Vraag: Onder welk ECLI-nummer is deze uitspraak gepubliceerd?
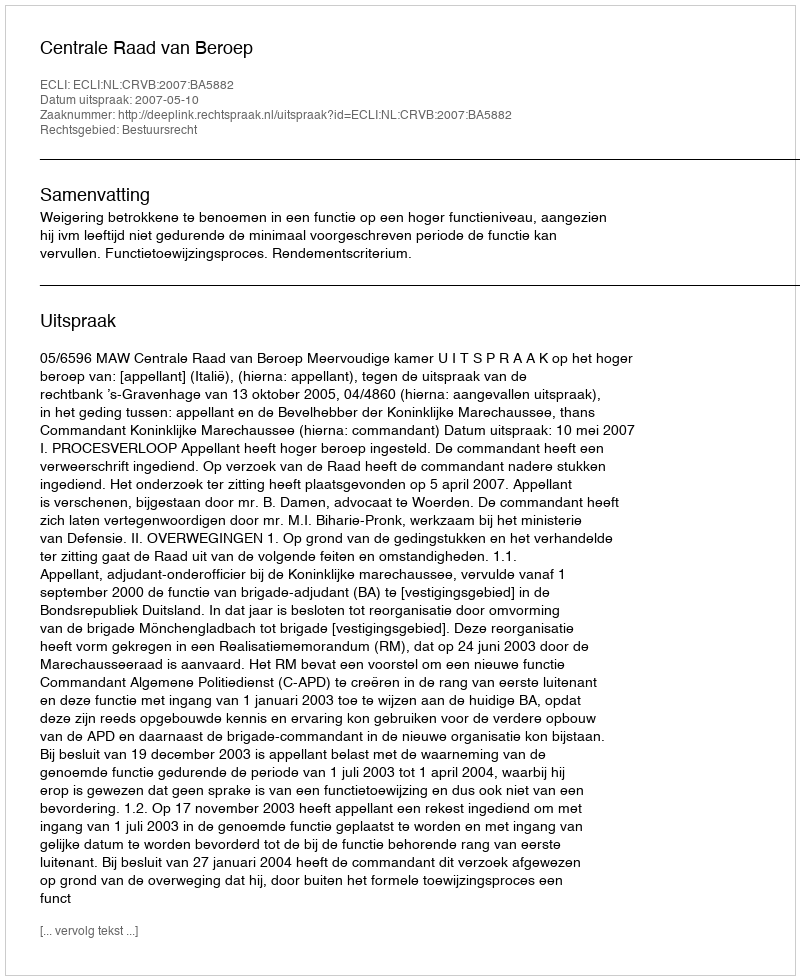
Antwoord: ECLI:NL:CRVB:2007:BA5882